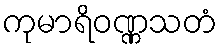
ကုမာရိဝဏ္ဏသတံ